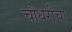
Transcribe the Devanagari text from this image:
चौधरींचा